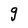
Character: g